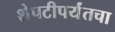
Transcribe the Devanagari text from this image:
शेपटीपर्यंतचा